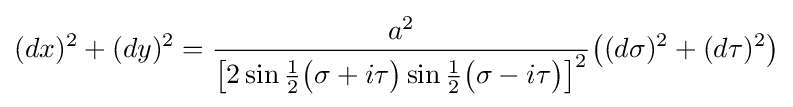
(dx)^{2}+(dy)^{2}={\frac {a^{2}}{{\bigl [}2\sin {\tfrac {1}{2}}{\bigl (}\sigma +i\tau {\bigr )}\sin {\tfrac {1}{2}}{\bigl (}\sigma -i\tau {\bigr )}{\bigr ]}^{2}}}{\bigl (}(d\sigma )^{2}+(d\tau )^{2}{\bigr )}